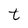
Character: t